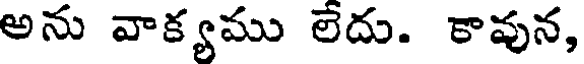
అను వాక్యము లేదు. కావున,